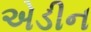
એડીન